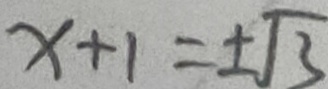
x + 1 = \pm \sqrt { 3 }